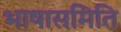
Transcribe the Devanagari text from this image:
भाषासमिति